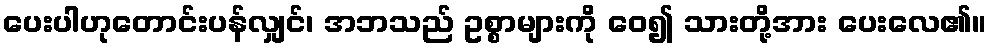
ပေးပါဟုတောင်းပန်လျှင်၊ အဘသည် ဥစ္စာများကို ဝေ၍ သားတို့အား ပေးလေ၏။